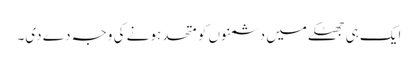
ایک ہی جھٹکے میں دشمنوں کو متحد ہونے کی وجہ دے دی۔